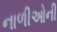
નાળીઓની